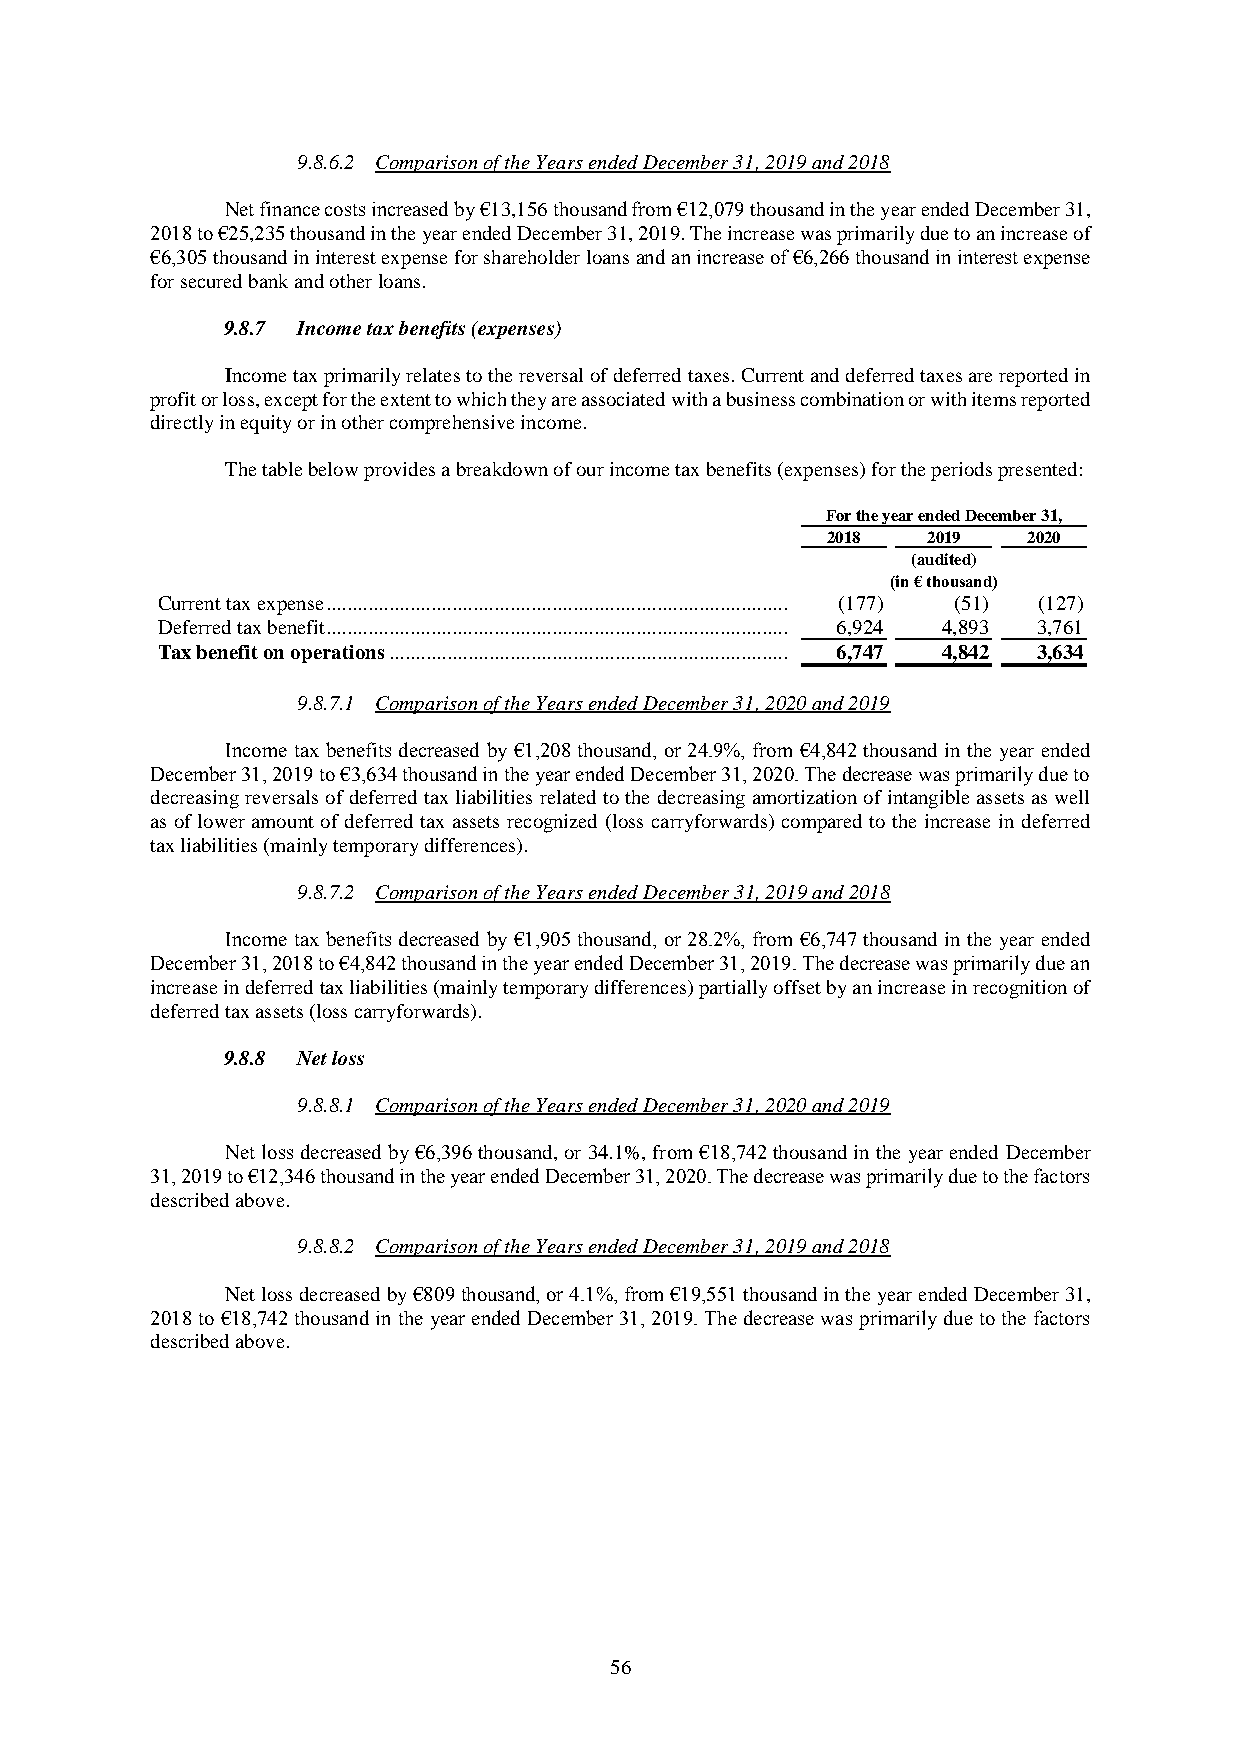
9.8.6.2 Comparison of the Years ended December 31, 2019 and 2018
 Net finance costs increased by €13,156 thousand from €12,079 thousand in the year ended December 31,
 2018 to €25,235 thousand in the year ended December 31, 2019. The increase was primarily due to an increase of
 €6,305 thousand in interest expense for shareholder loans and an increase of €6,266 thousand in interest expense
 for secured bank and other loans.
 9.8.7 Income tax benefits (expenses)
 Income tax primarily relates to the reversal of deferred taxes. Current and deferred taxes are reported in
 profit or loss, except for the extent to which they are associated with a business combination or with items reported
 directly in equity or in other comprehensive income.
 The table below provides a breakdown of our income tax benefits (expenses) for the periods presented:
 For the year ended December 31,
 2018  2019   2020
 (audited)
 (in € thousand)
 Current tax expense ........................................................................................ (177) (51) (127)
 Deferred tax benefit ........................................................................................ 6,924 4,893 3,761
 Tax benefit on operations ............................................................................ 6,747 4,842 3,634
 9.8.7.1 Comparison of the Years ended December 31, 2020 and 2019
 Income tax benefits decreased by €1,208 thousand, or 24.9%, from €4,842 thousand in the year ended
 December 31, 2019 to €3,634 thousand in the year ended December 31, 2020. The decrease was primarily due to
 decreasing reversals of deferred tax liabilities related to the decreasing amortization of intangible assets as well
 as of lower amount of deferred tax assets recognized (loss carryforwards) compared to the increase in deferred
 tax liabilities (mainly temporary differences).
 9.8.7.2 Comparison of the Years ended December 31, 2019 and 2018
 Income tax benefits decreased by €1,905 thousand, or 28.2%, from €6,747 thousand in the year ended
 December 31, 2018 to €4,842 thousand in the year ended December 31, 2019. The decrease was primarily due an
 increase in deferred tax liabilities (mainly temporary differences) partially offset by an increase in recognition of
 deferred tax assets (loss carryforwards).
 9.8.8 Net loss
 9.8.8.1 Comparison of the Years ended December 31, 2020 and 2019
 Net loss decreased by €6,396 thousand, or 34.1%, from €18,742 thousand in the year ended December
 31, 2019 to €12,346 thousand in the year ended December 31, 2020. The decrease was primarily due to the factors
 described above.
 9.8.8.2 Comparison of the Years ended December 31, 2019 and 2018
 Net loss decreased by €809 thousand, or 4.1%, from €19,551 thousand in the year ended December 31,
 2018 to €18,742 thousand in the year ended December 31, 2019. The decrease was primarily due to the factors
 described above.
 56